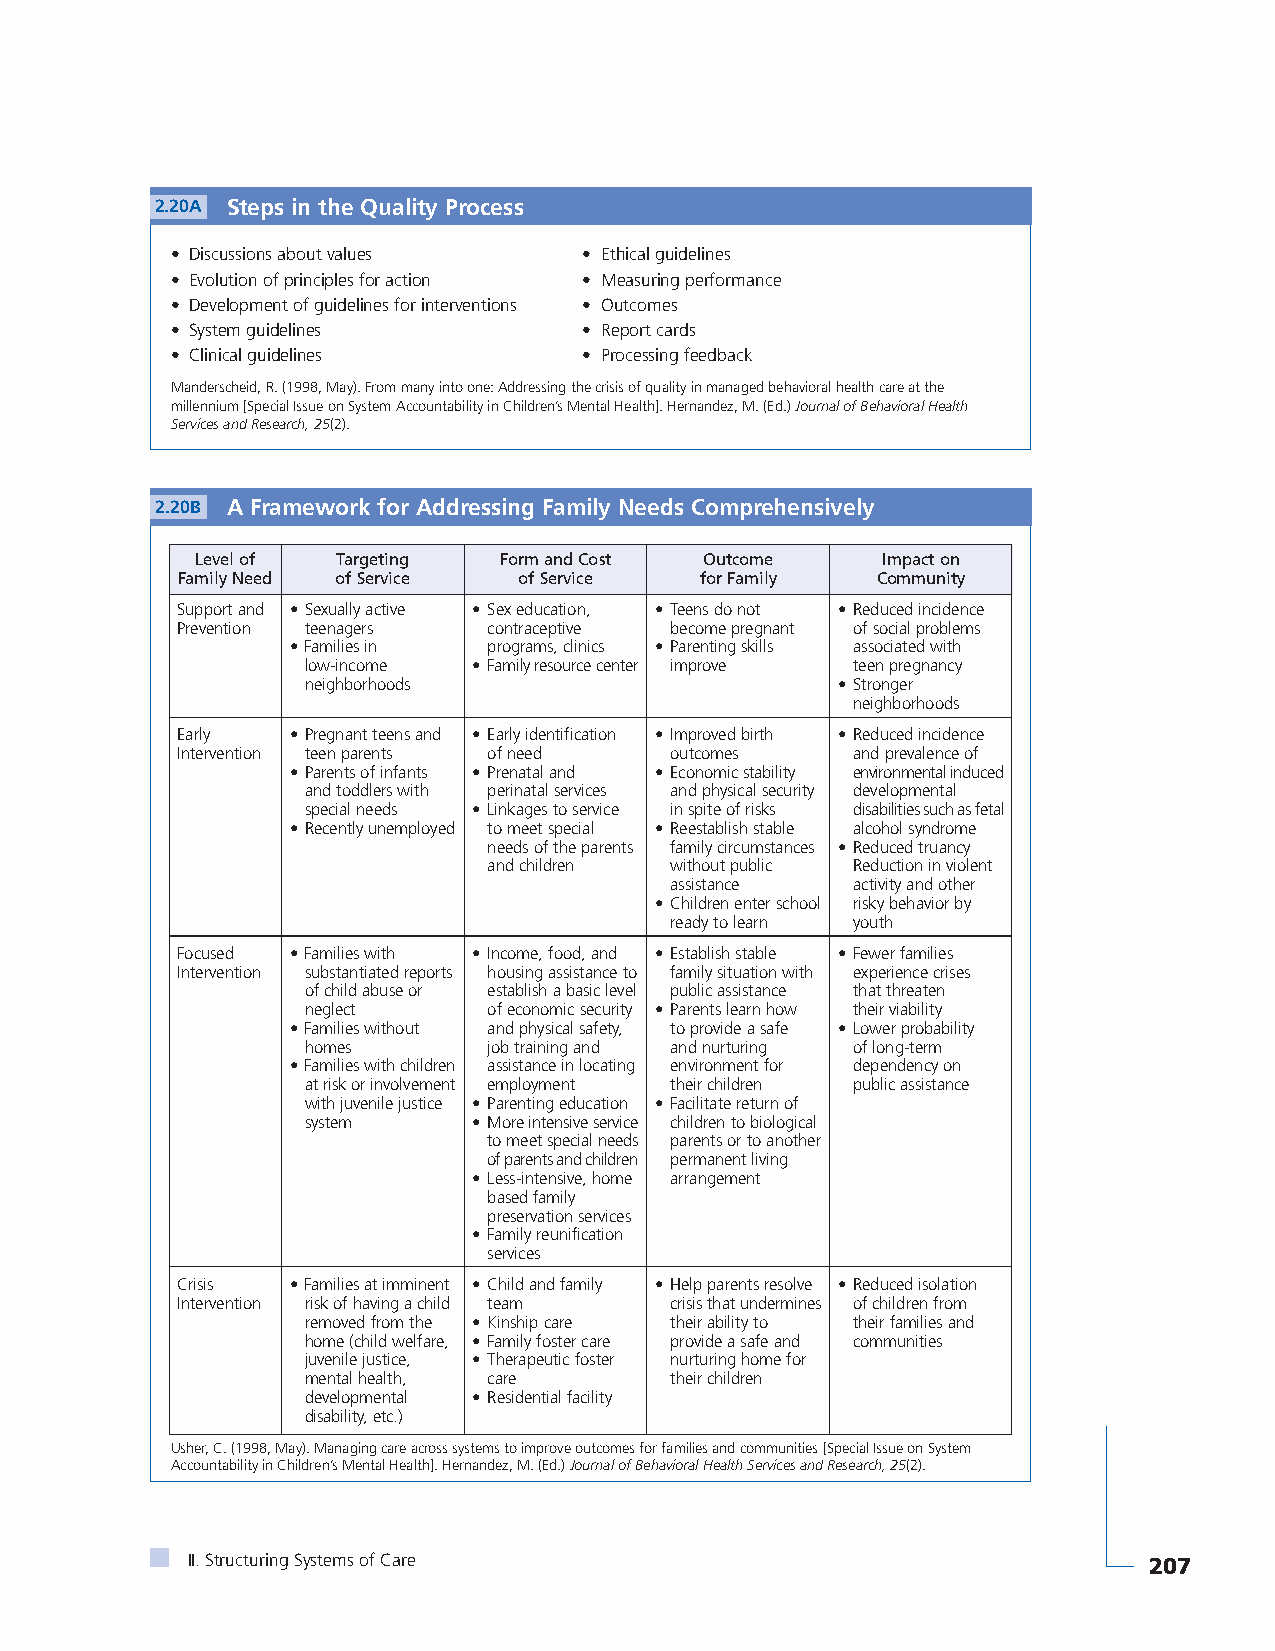
2.20A Steps in the Quality Process
 • Discussions about values  • Ethical guidelines
 • Evolution of principles for action • Measuring performance
 • Development of guidelines for interventions • Outcomes
 • System guidelines         • Report cards
 • Clinical guidelines       • Processing feedback
 Manderscheid, R. (1998, May). From many into one: Addressing the crisis of quality in managed behavioral health care at the
 millennium [Special Issue on System Accountability in Children’s Mental Health]. Hernandez, M. (Ed.) Journal of Behavioral Health
 Services and Research, 25(2).
 2.20B A Framework for Addressing Family Needs Comprehensively
 Level of Targeting  Form and Cost Outcome    Impact on
 Family Need of Service of Service for Family  Community
 Support and • Sexually active • Sex education, • Teens do not • Reduced incidence
 Prevention teenagers contraceptive become pregnant of social problems
 • Families in programs, clinics • Parenting skills associated with
 low-income • Family resource center improve teen pregnancy
 neighborhoods                      • Stronger
 neighborhoods
 Early  • Pregnant teens and • Early identification • Improved birth • Reduced incidence
 Intervention teen parents of need outcomes  and prevalence of
 • Parents of infants • Prenatal and • Economic stability environmental induced
 and toddlers with perinatal services and physical security developmental
 special needs • Linkages to service in spite of risks disabilities such as fetal
 • Recently unemployed to meet special • Reestablish stable alcohol syndrome
 needs of the parents family circumstances • Reduced truancy
 and children without public Reduction in violent
 assistance  activity and other
 • Children enter school risky behavior by
 ready to learn youth
 Focused • Families with • Income, food, and • Establish stable • Fewer families
 Intervention substantiated reports housing assistance to family situation with experience crises
 of child abuse or establish a basic level public assistance that threaten
 neglect     of economic security • Parents learn how their viability
 • Families without and physical safety, to provide a safe • Lower probability
 homes       job training and and nurturing of long-term
 • Families with children assistance in locating environment for dependency on
 at risk or involvement employment their children public assistance
 with juvenile justice • Parenting education • Facilitate return of
 system     • More intensive service children to biological
 to meet special needs parents or to another
 of parents and children permanent living
 • Less-intensive, home arrangement
 based family
 preservation services
 • Family reunification
 services
 Crisis • Families at imminent • Child and family • Help parents resolve • Reduced isolation
 Intervention risk of having a child team crisis that undermines of children from
 removed from the • Kinship care their ability to their families and
 home (child welfare, • Family foster care provide a safe and communities
 juvenile justice, • Therapeutic foster nurturing home for
 mental health, care     their children
 developmental • Residential facility
 disability, etc.)
 Usher, C. (1998, May). Managing care across systems to improve outcomes for families and communities [Special Issue on System
 Accountability in Children’s Mental Health]. Hernandez, M. (Ed.) Journal of Behavioral Health Services and Research, 25(2).
 II. Structuring Systems of Care                                 207